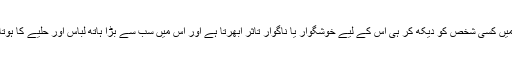
ابتدا میں کسی شخص کو دیکھ کر ہی اس کے لیے خوشگوار یا ناگوار تاثر ابھرتا ہے اور اس میں سب سے بڑا ہاتھ لباس اور حلیے کا ہوتا ہے۔